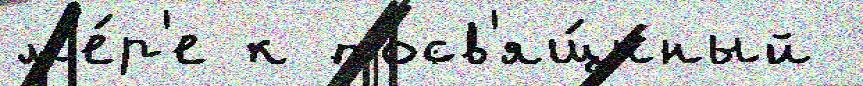
м'е́р'е к посв'ящ́нный